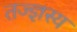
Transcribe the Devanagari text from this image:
तज्ज्ञस्य